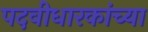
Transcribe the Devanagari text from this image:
पदवीधारकांच्या